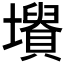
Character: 𡓤